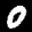
Label: 0